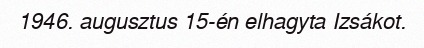
1946. augusztus 15-én elhagyta Izsákot.